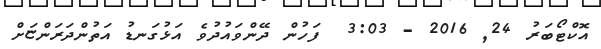
އޮކްޓޯބަރު 24